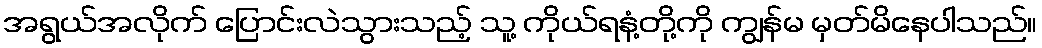
အရွယ်အလိုက် ပြောင်းလဲသွားသည့် သူ့ ကိုယ်ရနံ့တို့ကို ကျွန်မ မှတ်မိနေပါသည်။